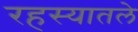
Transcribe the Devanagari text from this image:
रहस्यातले